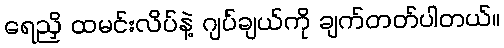
ရေညှိ ထမင်းလိပ်နဲ့ ဂျပ်ချယ်ကို ချက်တတ်ပါတယ်။